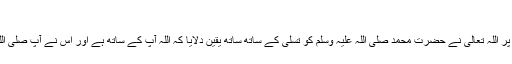
‘‘
ضمیر: ’’اس سورہ میں مخالفین کی بے پناہ اذیت پر اللہ تعالیٰ نے حضرت محمد صلی اللہ علیہ وسلم کو تسلی کے ساتھ ساتھ یقین دلایا کہ اللہ آپ کے ساتھ ہے اور اس نے آپ صلی اللہ علیہ وسلم کو ان مشکل حالات میں نہیں چھوڑا۔